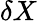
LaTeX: \delta X